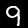
Label: 9